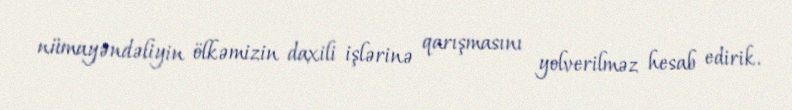
nümayəndəliyin ölkəmizin daxili işlərinə qarışmasını yolverilməz hesab edirik.